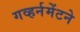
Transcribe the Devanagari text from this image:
गव्हर्नमेंटने